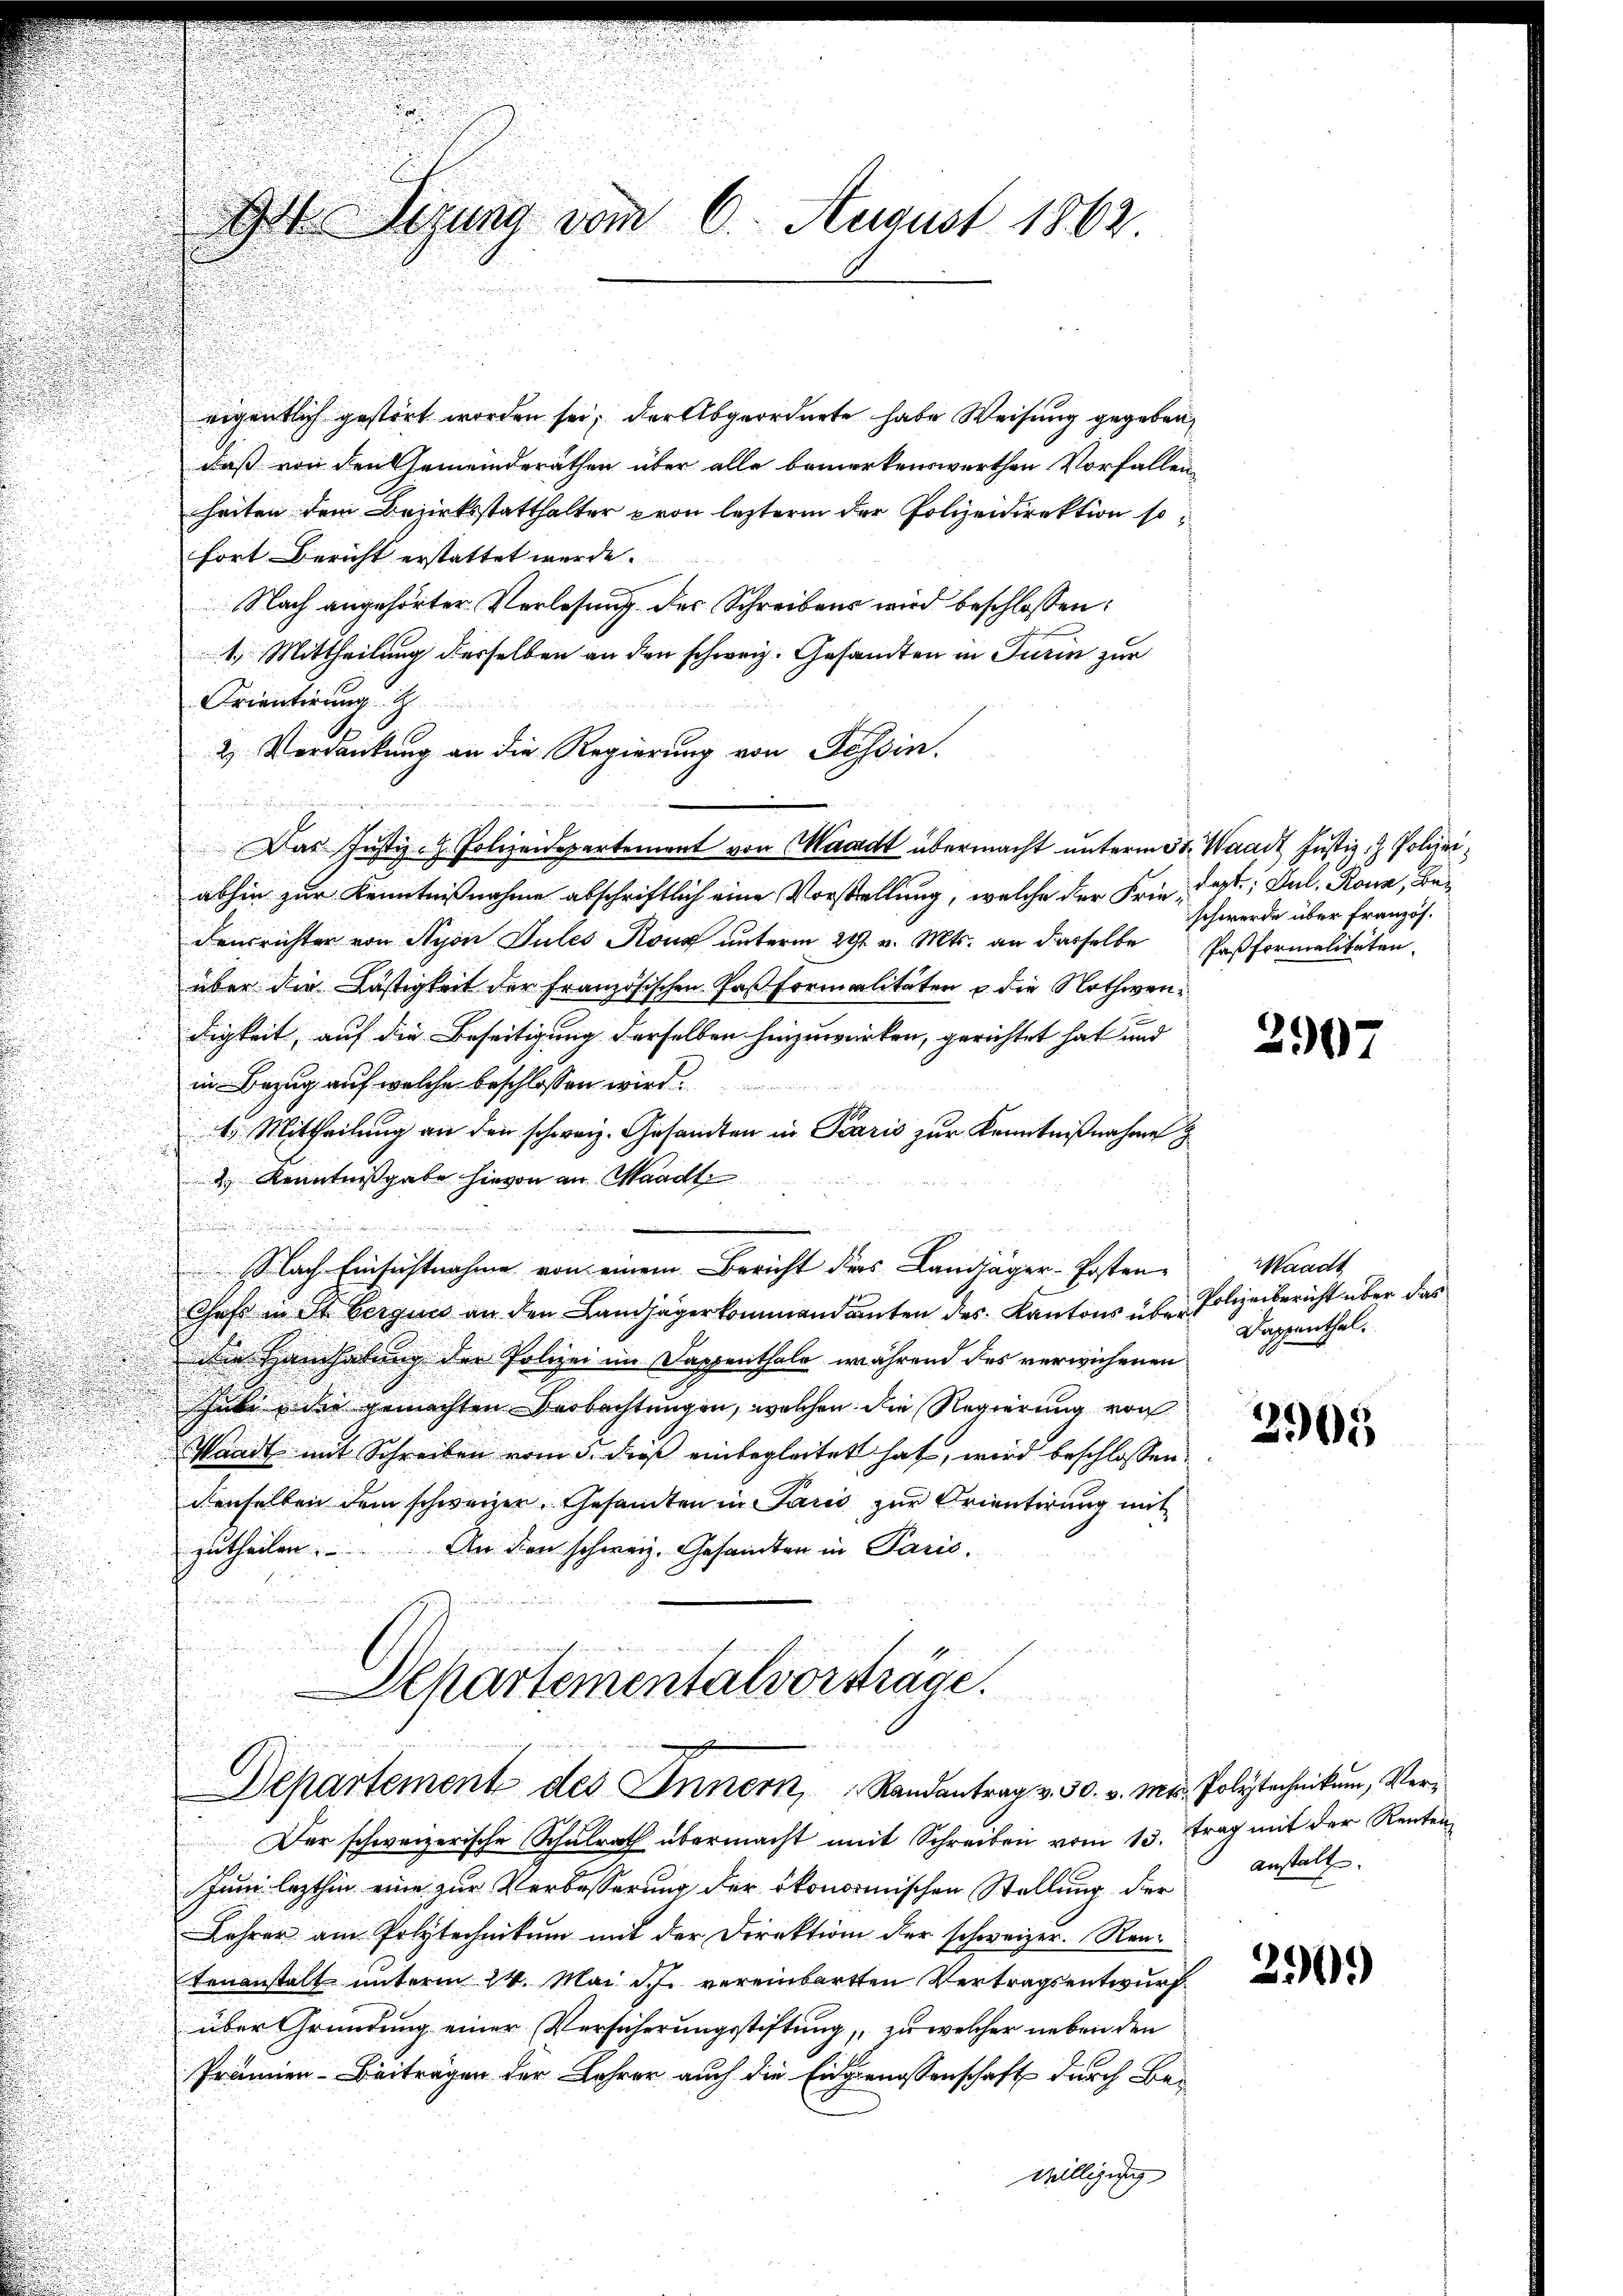
eigentlich gestört worden sei, der Abgeordnete habe Weisung gegeben,
daß von den Gemeinderäthen über alle bemerkenswerthen Vorfallen-
heiten dem Bezirksstatthalter pron letzterm der Polizeidirektion sofort Bericht erstattet wurde.
Nach angehörter Verlesung des Schreibens wird beschlossen:
2
1. Mittheilung desselben an den schweiz. Gesandten in Turin zur
Orientirung
2. Verdankung an die Regierung von Tessin.
Das Justiz- Polizeidepartement von Waadt übermacht unterm 5t. Waadt Justiz- & Polizei¬
.
u
abhin zur Kenntnißnahme abschriftlich eine Vorstellung, welche der Frie-
densrichter von Nyon Jules Kons unterm 29t v. Mts. an dasselbe
über die Lästigkeit der Französischen Paß formalitäten u. die Nothwendigkeit, auf die Beseitigung derselben hinzuwürken, gerichtet hat und
in Bezug auf welche beschlossen wird.
u
u
4. Mittheilung an den schweiz. Gesandten in Paris zur Kenntnißnahme
2.) Kenntnißgabe hievon an Waadt

Nach Einsichtnahme von einem Bericht des Landjäger-Posten-
Chefs in St. Bergues an den Landjägerkommandaten des Kantons über Polizeibericht über das
die Handhabung der Polizei im Dappenthale, während des verwichenen
Schule, die gemachten Beobachtungen, welchen die Regierung von
Waadt mit Schreiben vom 5. dieß einbegleitet hat, wird beschlossen:
denselben dem schweizer. Gesamten in Sanić zur Krientirung mit
An den schweiz. Gesamten in Paris,
zutheilen

D digung vom 6. August 1862

Schartementalvorsträge
.
Departement des Innern Randantrag v. 30. v. Mt. Polytechnikum, Ver¬

Der schweizerische Schulrath übermacht mit Schreiben vom 13. Frag mit der Renten
Jum lezthin eine zur Verbesserung der ökonomischen Stellung der
Lehrer am Polytechnikum mit der Direktion der schweizer. Rentenanstalt unterm 24. Mai d. J. vereinbarten Vertragsentwurf
über Gründung einer Versicherungsstiftung, zu welcher neben den
Prämien- Beiträgen der Lehrer auch die Eidgenossenschaft durch Be¬
Willigung

Fest; Dul, Rona, Bez
schwerde über Französ.
Paßformalitäten.

2907

Waadt
Dappenthal.

2905

anstalt.

390)